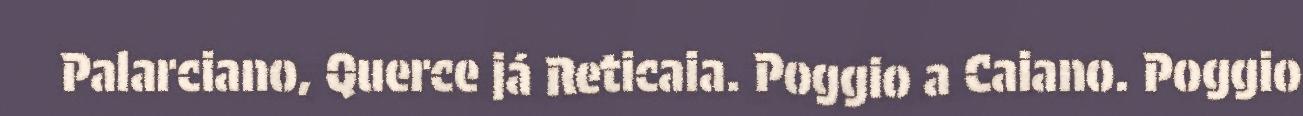
Palarciano, Querce já Reticaia. Poggio a Caiano. Poggio